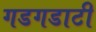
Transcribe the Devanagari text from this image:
गडगडाटी